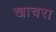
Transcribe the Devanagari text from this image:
खाचरा